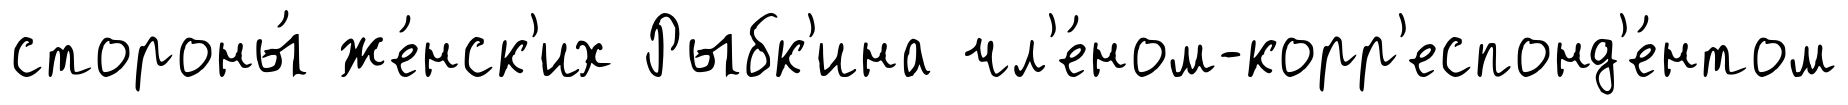
стороны́ же́нск'их Рыбк'ина чл'е́ном-корр'еспонд'е́нтом